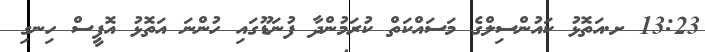
13:23 ށ.އަތޮޅު ކައުންސިލްގެ މަސައްކަތް ކުރަމުންދާ ފުނަޑޫގައި ހުންނަ އަތޮޅު އޮފީސް ހިނގި